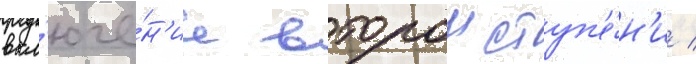
вкл'юче́н'ие второи ступ'е́н'и /